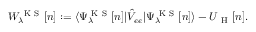
W _ { \lambda } ^ { \mathrm { ~ K ~ S ~ } } [ n ] : = \langle \Psi _ { \lambda } ^ { \mathrm { ~ K ~ S ~ } } [ n ] | \hat { V } _ { e e } | \Psi _ { \lambda } ^ { \mathrm { ~ K ~ S ~ } } [ n ] \rangle - U _ { \mathrm { ~ H ~ } } [ n ] .